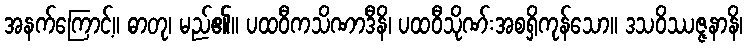
အနက်ကြောင့်။ ဓာတု၊ မည်၏။ ပထဝီကသိဏာဒီနိ၊ ပထဝီသိုဏ်းအစရှိကုန်သော။ ဒသဝိဿဇ္ဇနာနိ၊